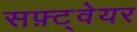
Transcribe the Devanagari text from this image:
सफ़्ट्वेयर